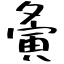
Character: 夤